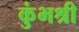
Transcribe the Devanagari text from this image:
कुंभश्री